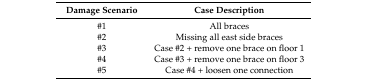
<table><thead><tr><td><b>Damage Scenario</b></td><td><b>Case Description</b></td></tr></thead><tbody><tr><td>#1</td><td>All braces </td></tr><tr><td>#2</td><td>Missing all east side braces</td></tr><tr><td>#3</td><td>Case #2 + remove one brace on floor 1</td></tr><tr><td>#4</td><td>Case #3 + remove one brace on floor 3</td></tr><tr><td>#5</td><td>Case #4 + loosen one connection</td></tr></tbody></table>